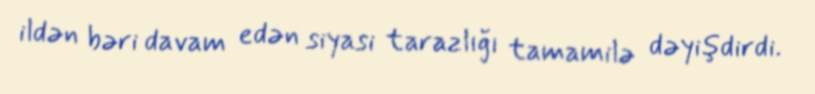
ildən bəri davam edən siyasi tarazlığı tamamilə dəyişdirdi.